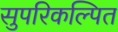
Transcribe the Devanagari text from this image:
सुपरिकल्पित